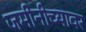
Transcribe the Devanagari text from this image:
जमीनीच्यावर